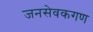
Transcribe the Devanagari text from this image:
जनसेवकगण